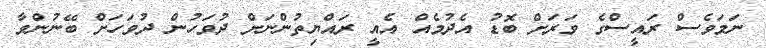
ނަމަވެސް ރައީސްގެ ވަރަށް ބޮޑު އެދުމެއް އެއީ ރައްޔިތުންނަށް ދުވަހުން ދުވަހަށް ބޭނުންވާ